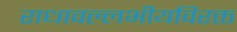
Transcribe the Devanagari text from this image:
राधावल्लभीयविरक्त